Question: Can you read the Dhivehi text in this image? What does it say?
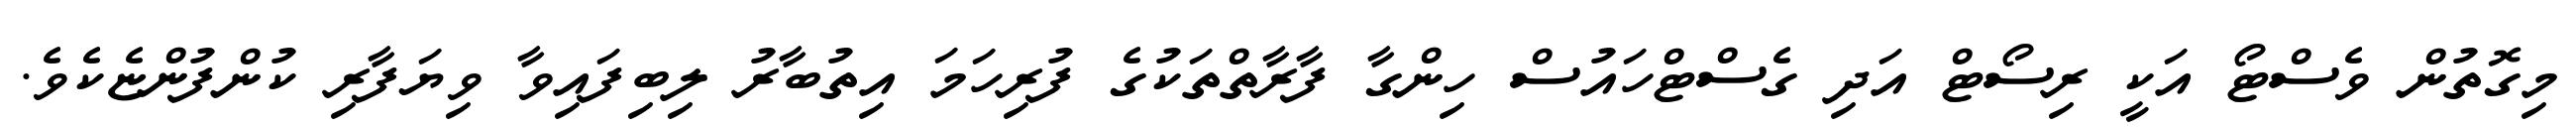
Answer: މިގޮތުން ވެސްޓޯ އަކީ ރިސޯޓް އަދި ގެސްޓްހައުސް ހިންގާ ފާރާތްތަކުގެ ފުރިހަމަ އިތުބާރު ލިބިފައިވާ ވިޔަފާރި ކުންފުންޏެކެވެ.